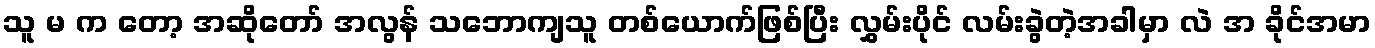
သူ မ က တော့ အဆိုတော် အလွန် သဘောကျသူ တစ်ယောက်ဖြစ်ပြီး လွှမ်းပိုင် လမ်းခွဲတဲ့အခါမှာ လဲ အ ခိုင်အမာ